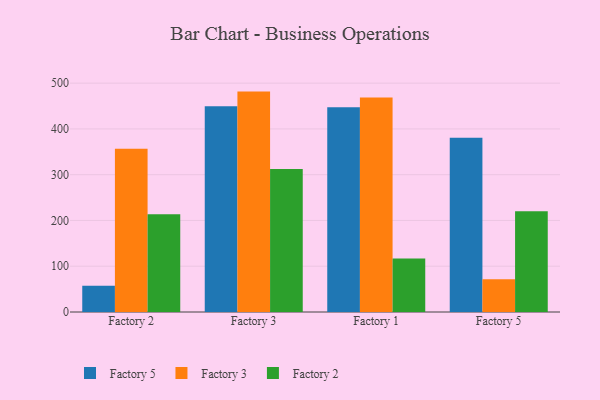
{"axis": {"x": "Factory", "y": "Shipments"}, "legend": ["Factory 2", "Factory 3", "Factory 5"], "data": [{"x": "Factory 2", "y": 57.2, "type": "Factory 5"}, {"x": "Factory 2", "y": 356.7, "type": "Factory 3"}, {"x": "Factory 2", "y": 213.3, "type": "Factory 2"}, {"x": "Factory 3", "y": 449.3, "type": "Factory 5"}, {"x": "Factory 3", "y": 481.5, "type": "Factory 3"}, {"x": "Factory 3", "y": 312.3, "type": "Factory 2"}, {"x": "Factory 1", "y": 447.2, "type": "Factory 5"}, {"x": "Factory 1", "y": 468.6, "type": "Factory 3"}, {"x": "Factory 1", "y": 116.7, "type": "Factory 2"}, {"x": "Factory 5", "y": 380.7, "type": "Factory 5"}, {"x": "Factory 5", "y": 71.7, "type": "Factory 3"}, {"x": "Factory 5", "y": 219.9, "type": "Factory 2"}]}